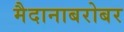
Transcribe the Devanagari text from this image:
मैदानाबरोबर